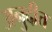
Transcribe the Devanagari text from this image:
अनुदीत